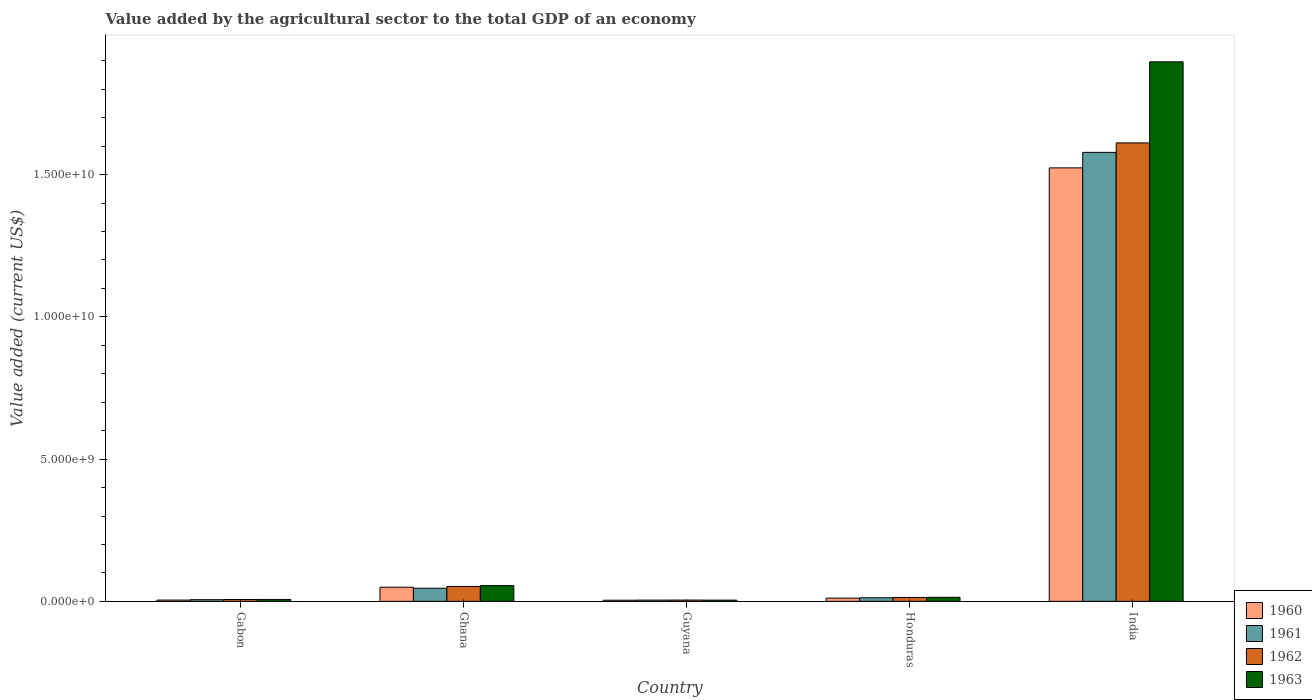
| Country | 1960 | 1961 | 1962 | 1963 |
 | --- | --- | --- | --- | --- |
 | Gabon | 4.55e+07 | 5.9e+07 | 6.56e+07 | 6.81e+07 |
 | Ghana | 4.97e+08 | 4.61e+08 | 5.24e+08 | 5.53e+08 |
 | Guyana | 4.01e+07 | 4.43e+07 | 4.57e+07 | 4.3e+07 |
 | Honduras | 1.14e+08 | 1.26e+08 | 1.37e+08 | 1.41e+08 |
 | India | 1.52e+10 | 1.58e+10 | 1.61e+10 | 1.9e+10 |